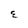
Character: E